General report no. 6 on the lunatic asylums, vaccination and dispensaries in the Bengal Presidency, 1873 -
Year: 1873
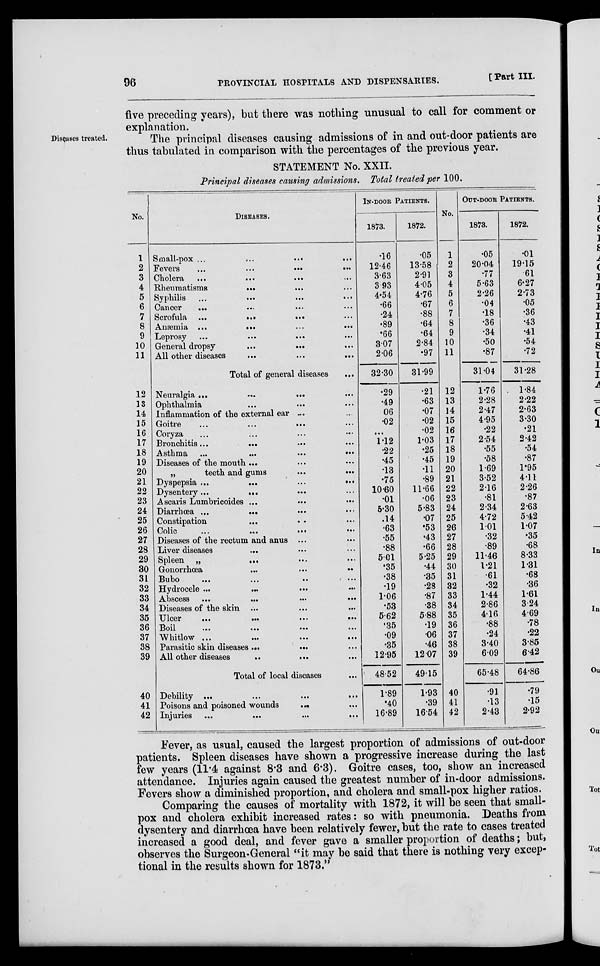
96
PROVINCIAL HOSPITALS AND DISPENSARIES.
[Part III.
five preceding years), but there was nothing unusual to call for comment or
explanation.
Diseases treated.
The principal diseases causing admissions of in and out-door patients are
thus tabulated in comparison with the percentages of the previous year.
STATEMENT No. XXII.
Principal diseases causing admissions. Total treated per 100.
No.
1
2
3
4
5
6
7
8
9
10
11
DISEASES.
Small-pox ... ... ... ...
Fevers ... ... ... ...
Cholera ...
...
... ...
Rheumatisms
... ... ...
Syphilis ... ... ... ...
Cancer ... ... ... ...
Scrofula ...
...
... ...
Anæmia
...
...
...
...
Leprosy ...
...
... ...
General dropsy
...
... ...
All other diseases
...
...
...
Total of general diseases
...
12
13
14
15
16
17
18
19
20
21
22
23
24
25
26
27
28
29
30
31
32
33
34
35
36
37
38
39
40
41
42
Neuralgia ... ... ... ...
Ophthalmia ... ... ...
Inflammation of the external ear ...
Goitre ... ... ... ...
Coryza ... ... ... ...
Bronchitis...
... ... ...
Asthma ...
...
...
...
Diseases of the mouth ... ... ...
„
teeth and gums
...
...
Dyspepsia ...
...
...
...
Dysentery...
...
... ...
Ascaris Lumbricoides ... ... ...
Diarrhœa ...
... ... ...
Constipation ... ... ...
Colic
...
...
...
...
Diseases of the rectum and anus ... ...
Liver diseases ... ... ...
Spleen „
...
...
...
Gonorrhœa
...
...
...
Bubo ... ... ... ...
Hydrocele ...
...
...
...
Abscess
...
...
...
...
Diseases of the skin ... ... ...
Ulcer
...
...
...
...
Boil
...
...
...
...
Whitlow ... ... ... ...
Parasitic skin diseases ... ... ...
All other diseases...
... ...
Total of local diseases ...
Debility ... ... ... ...
Poisons and poisoned wounds
... ...
Injuries ...
...
...
...
IN-DOOR PATIENTS.
1873.
.16
12.46
3.63
3.93
4.54
.66
.24
.89
.66
3.07
2.06
32.30
.29
.49
06
.02
...
1.12
.22
.45
.13
.75
10.60
.01
5.30
.14
.63
.55
.88
5.01
.35
.38
.19
1.06
.53
5.62
.35
.09
.35
12.95
48.52
1.89
.40
16.89
1872.
.05
13.58
2.91
4.05
4.76
.67
.88
.64
.64
2.84
.97
31.99
.21
.63
.07
.02
.02
1.03
.25
.45
.11
.89
11.66
.06
5.83
.07
.53
.43
.66
5.25
.44
.35
.28
.87
.38
5.88
.19
.06
.46
12.07
49.15
1.93
.39
16.54
No.
1
2
3
4
5
6
7
8
9
10
11
12
13
14
15
16
17
18
19
20
21
22
23
24
25
26
27
28
29
30
31
32
33
34
35
36
37
38
39
40
41
42
OUT-DOOR PATIENTS.
1873.
05
20.04
77
5.63
2.26
04
18
36
34
50
87
31.04
1.76
2.28
2.47
4.95
.22
2.54
.55
.58
1.69
3.52
2.16
.81
2.34
4.72
1.01
.32
.89
11.46
1.21
.61
.32
1.44
2.86
4.16
.88
.24
3.40
6.09
65.48
.91
.13
2.43
1872.
.01
19.15
61
6.27
2.73
.05
.36
.43
.41
.54
.72
31.28
1.84
2.22
2.63
3.30
.21
2.42
.54
.87
1.95
4.11
2.26
.87
2.63
5.42
1.07
.35
.68
8.33
1.31
.68
.36
1.61
324
4.69
.78
.22
3.85
6.42
64.86
.79
.15
2.92
Fever, as usual, caused the largest proportion of admissions of out-door
patients. Spleen diseases have shown a progressive increase during the last
few years (11.4 against 8.3 and 6.3). Goitre cases, too, show an increased
attendance. Injuries again caused the greatest number of in-door admissions.
Fevers show a diminished proportion, and cholera and small-pox higher ratios.
Comparing the causes of mortality with 1872, it will be seen that small-
pox and cholera exhibit increased rates: so with pneumonia. Deaths from
dysentery and diarrhœa have been relatively fewer, but the rate to cases treated
increased a good deal, and fever gave a smaller proportion of deaths; but,
observes the Surgeon-General "it may be said that there is nothing very excep-
tional in the results shown for 1873."